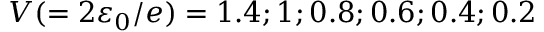
V ( = 2 \varepsilon _ { 0 } / e ) = 1 . 4 ; 1 ; 0 . 8 ; 0 . 6 ; 0 . 4 ; 0 . 2